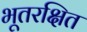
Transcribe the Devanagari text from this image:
भूतरक्षित